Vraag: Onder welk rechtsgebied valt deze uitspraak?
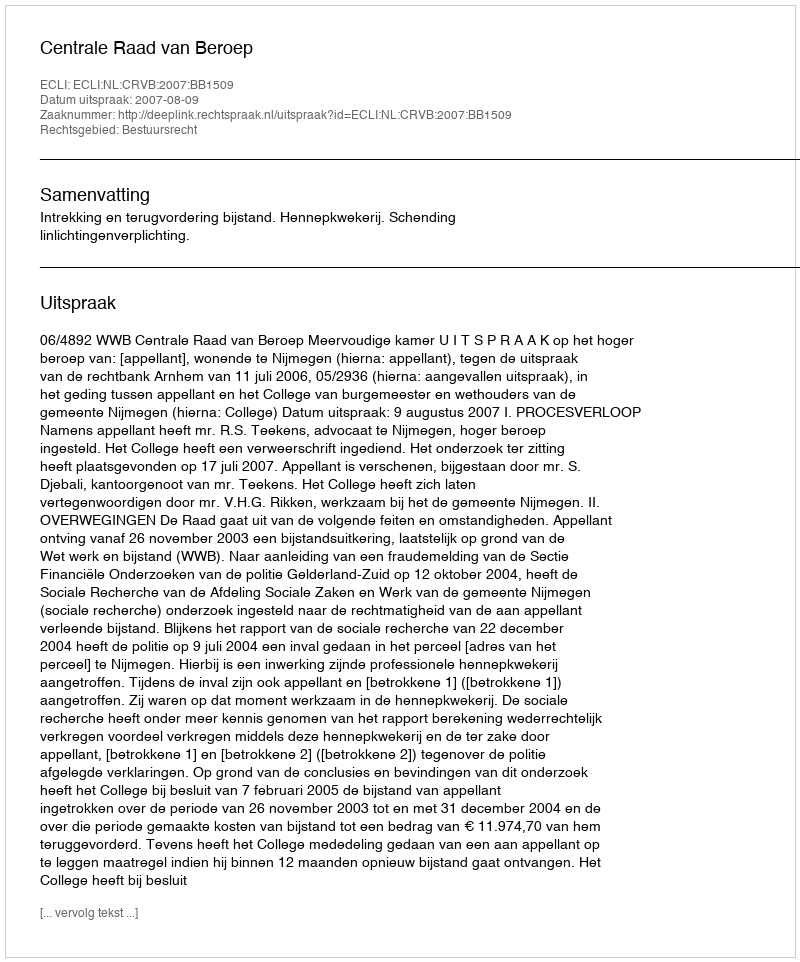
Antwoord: Bestuursrecht